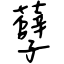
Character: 孽